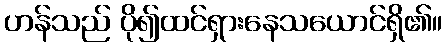
ဟန်သည် ပို၍ထင်ရှားနေသယောင်ရှိ၏။